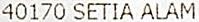
40170 SETIA ALAM